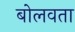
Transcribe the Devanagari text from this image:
बोलवता